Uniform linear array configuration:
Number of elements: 16
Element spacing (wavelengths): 0.75
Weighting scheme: binomial
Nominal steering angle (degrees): -15
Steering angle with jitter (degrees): -15.82
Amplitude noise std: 0.05
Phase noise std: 0.05

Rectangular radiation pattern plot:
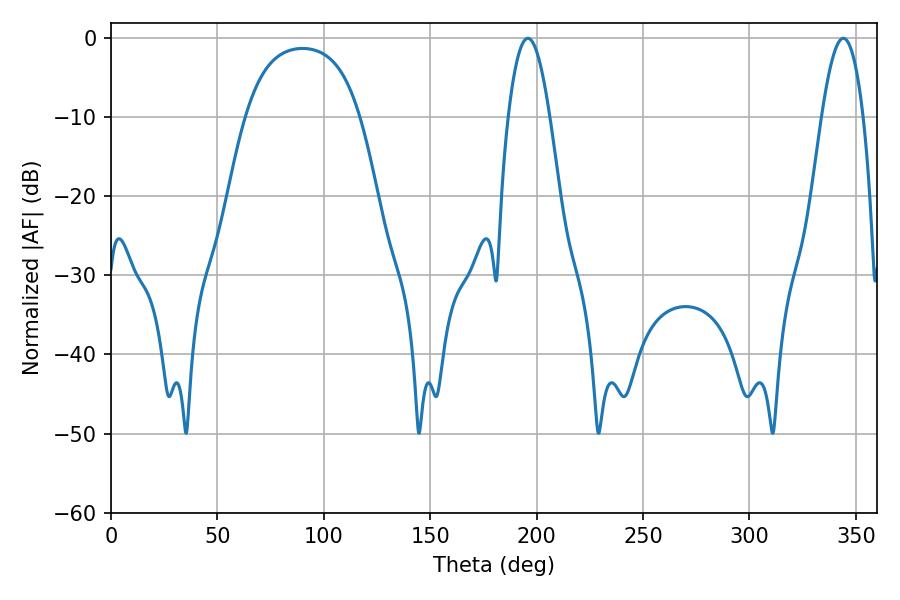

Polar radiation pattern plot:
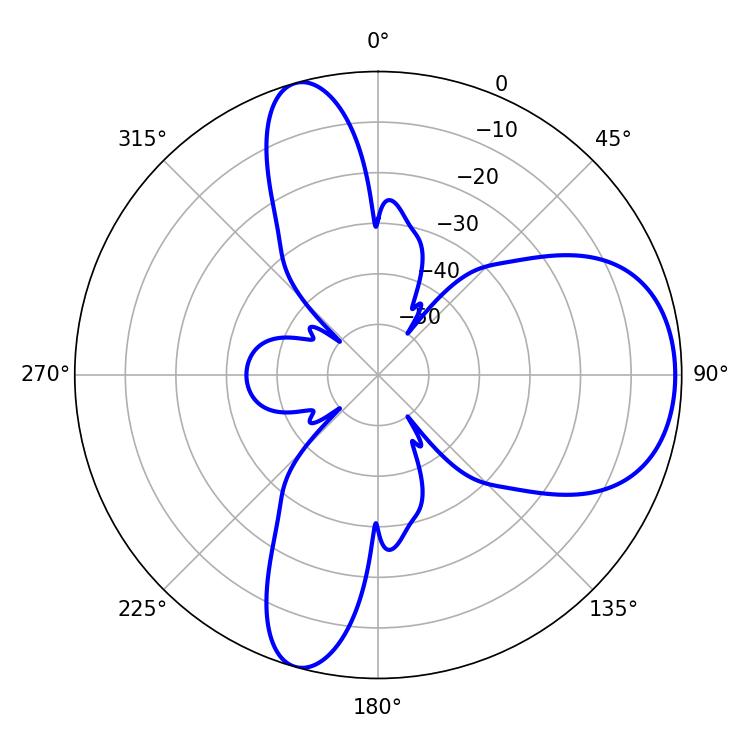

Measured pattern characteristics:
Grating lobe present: TRUE
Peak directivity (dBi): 7.565
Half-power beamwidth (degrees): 10.8
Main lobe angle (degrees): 195.84